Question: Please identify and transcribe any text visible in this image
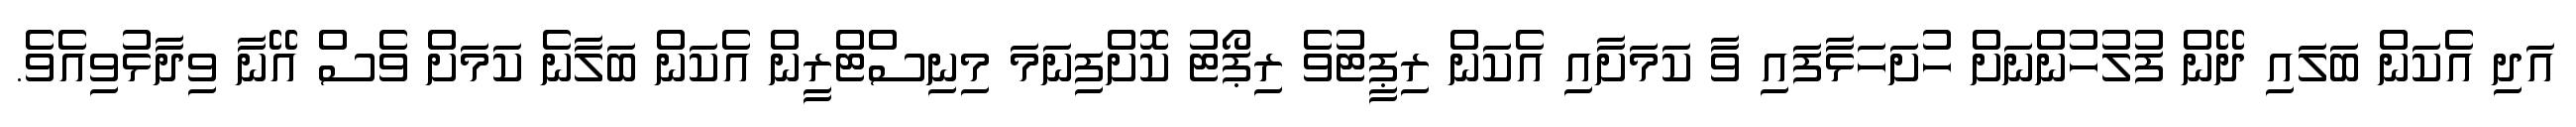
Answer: އަދި އެކަން ބަލައި ދޭން ފުލުހުންނަށް ހުށަހަޅާފައި ވާ ކަމަށާއި އެކަން ރިޕީޓުވެ ރިޕޯޓު ކޮށްފިނަމަ މިނިސްޓްރީން އެކަން ބަލާނެ ކަމަށް ވެސް އޭނާ ވިދާޅުވިއެވެ.